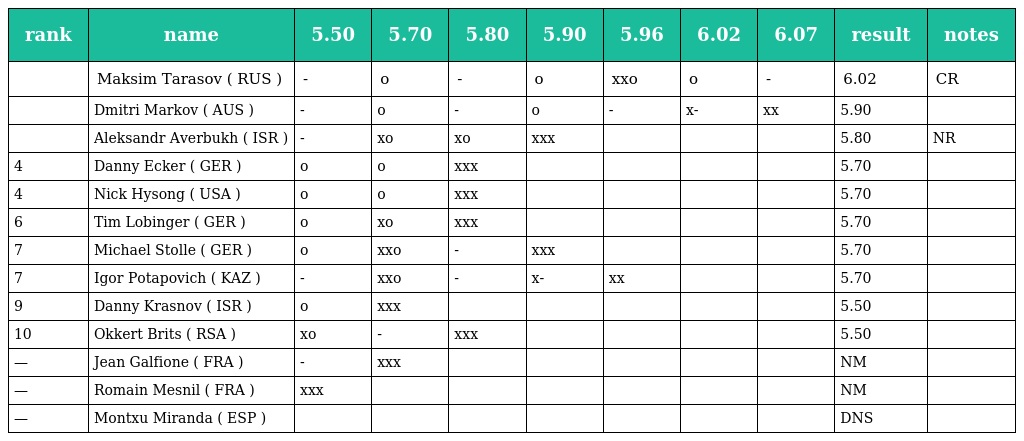
| rank | name | 5.50 | 5.70 | 5.80 | 5.90 | 5.96 | 6.02 | 6.07 | result | notes |
 | --- | --- | --- | --- | --- | --- | --- | --- | --- | --- | --- |
 |  | Maksim Tarasov ( RUS ) | - | o | - | o | xxo | o | - | 6.02 | CR |
 |  | Dmitri Markov ( AUS ) | - | o | - | o | - | x- | xx | 5.90 |  |
 |  | Aleksandr Averbukh ( ISR ) | - | xo | xo | xxx |  |  |  | 5.80 | NR |
 | 4 | Danny Ecker ( GER ) | o | o | xxx |  |  |  |  | 5.70 |  |
 | 4 | Nick Hysong ( USA ) | o | o | xxx |  |  |  |  | 5.70 |  |
 | 6 | Tim Lobinger ( GER ) | o | xo | xxx |  |  |  |  | 5.70 |  |
 | 7 | Michael Stolle ( GER ) | o | xxo | - | xxx |  |  |  | 5.70 |  |
 | 7 | Igor Potapovich ( KAZ ) | - | xxo | - | x- | xx |  |  | 5.70 |  |
 | 9 | Danny Krasnov ( ISR ) | o | xxx |  |  |  |  |  | 5.50 |  |
 | 10 | Okkert Brits ( RSA ) | xo | - | xxx |  |  |  |  | 5.50 |  |
 | — | Jean Galfione ( FRA ) | - | xxx |  |  |  |  |  | NM |  |
 | — | Romain Mesnil ( FRA ) | xxx |  |  |  |  |  |  | NM |  |
 | — | Montxu Miranda ( ESP ) |  |  |  |  |  |  |  | DNS |  |